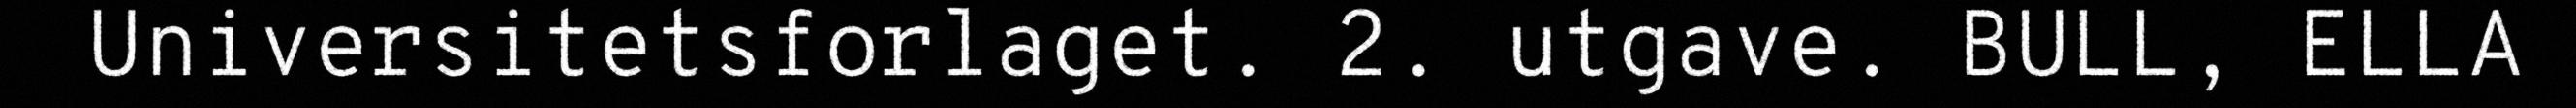
Universitetsforlaget. 2. utgave. BULL, ELLA